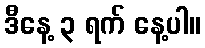
ဒီနေ့ ၃ ရက် နေ့ပါ။